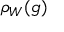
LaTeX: \rho _ { W } ( g )